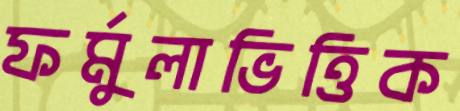
ফর্মুলাভিত্তিক